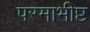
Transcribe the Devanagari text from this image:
परमाभीष्ट